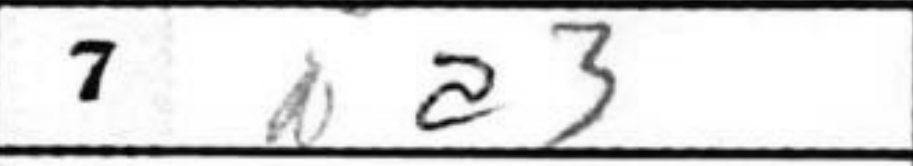
Transcription: Na3